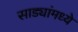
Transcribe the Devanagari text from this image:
साड्यांमध्ये